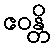
ဧဝန္တိ